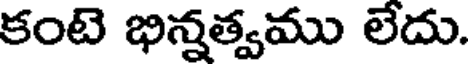
కంటె భిన్నత్వము లేదు.